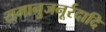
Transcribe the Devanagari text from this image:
रामानुजनूर्रदादि